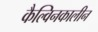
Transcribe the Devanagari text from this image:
कैल्विनकालीन